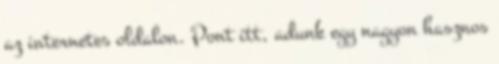
az internetes oldalon. Pont itt, adunk egy nagyon hasznos